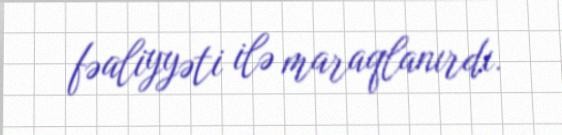
fəaliyyəti ilə maraqlanırdı.